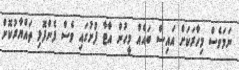
ނަމަވެސް މިހާރަކަށް އައިސް ބައެއް މީހުން އާޓާ ފުށުގައި ވެސް ފެންފޮޅި ތައްޔާރުކޮށް